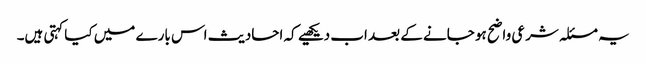
یہ مسئلہ شرعی واضح ہو جانے کے بعد اب دیکھیے کہ احادیث اس بارے میں کیا کہتی ہیں۔